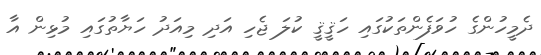
ދެމީހުންގެ ހުވަފެންތަކުގައި ހަޤީޤީ ކުލަ ޖެހި އަދި މިއަދު ހަޔާތުގައި މުޅިން އާ